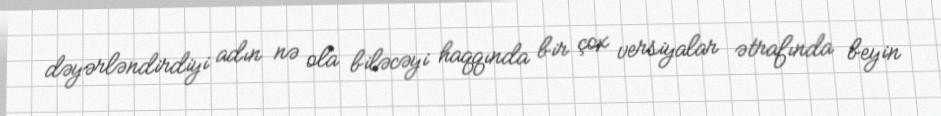
dəyərləndirdiyi adın nə ola biləcəyi haqqında bir çox versiyalar ətrafında beyin